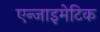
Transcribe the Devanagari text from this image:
एन्जाइमेटिक